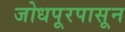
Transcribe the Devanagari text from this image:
जोधपूरपासून